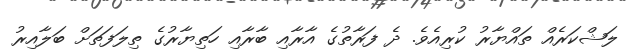
ލަޝްކަރެއް ތައްޔާރު ކުރިއެވެ. ދެ ފަރާތުގެ އާރާއި ބާރާއި ހަތިޔާރުގެ ތިލަފަތަށް ބަލާއިރު